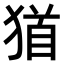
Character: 𤠁